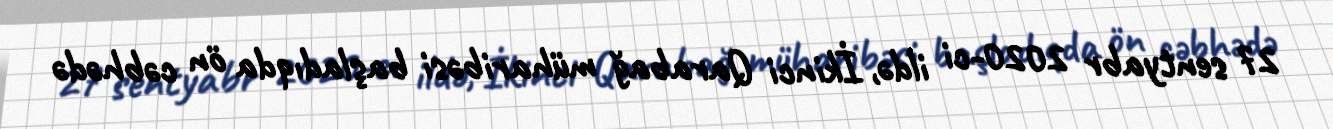
27 sentyabr 2020-ci ildə, İkinci Qarabağ müharibəsi başladıqda ön cəbhədə